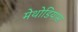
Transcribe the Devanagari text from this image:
मेथोडियास